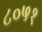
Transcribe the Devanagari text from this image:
८०५१